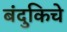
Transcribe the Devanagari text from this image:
बंदुकिचे